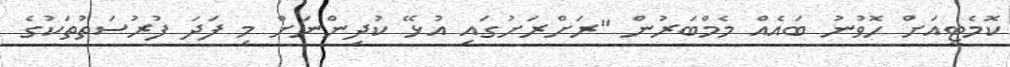
ކޮމެޓީއަށް ހޮވުނު ބައެއް މެމްބަރުން "ރަށްރަށުގައި އުޅޭ ކުދިންނަށް މި ފަަދަ ފުރުސަތުތަކުގެ